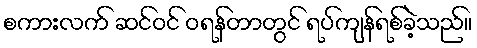
စကားလက် ဆင်ဝင် ဝရန်တာတွင် ရပ်ကျန်ရစ်ခဲ့သည်။